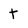
Character: t